Scientific memoirs by medical officers of the Army of India - Part I,
Year: 1884
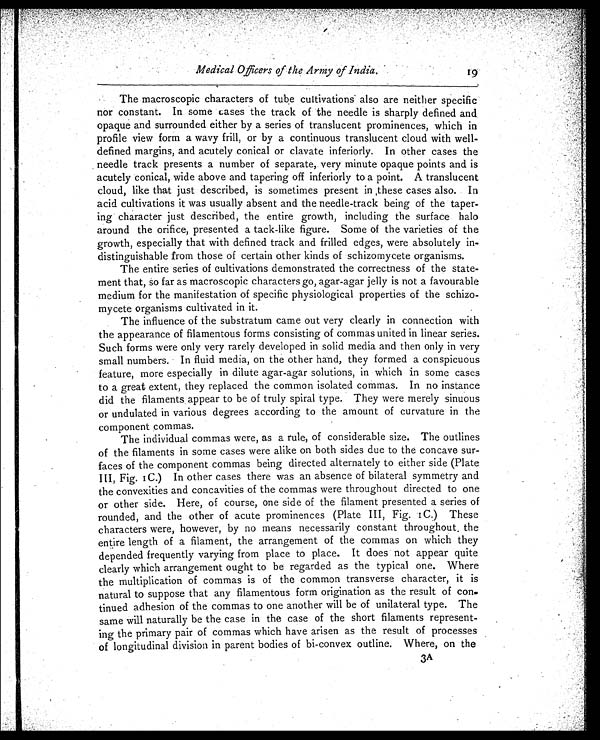
Medical Officers of the Army of India.
19
The macroscopic characters of tube cultivations also are neither specific
nor constant. In some cases the track of the needle is sharply defined and
opaque and surrounded either by a series of translucent prominences, which in
profile view form a wavy frill, or by a continuous translucent cloud with well-
defined margins, and acutely conical or clavate inferiorly. In other cases the
needle track presents a number of separate, very minute opaque points and is
acutely conical, wide above and tapering off inferiorly to a point. A translucent
cloud, like that just described, is sometimes present in these cases also. In
acid cultivations it was usually absent and the needle-track being of the taper
-ing character just described, the entire growth, including the surface halo
around the orifice, presented a tack-like figure. Some of the varieties of the
growth, especially that with defined track and frilled edges, were absolutely in
-distinguishable from those of certain other kinds of schizomycete organisms.
The entire series of cultivations demonstrated the correctness of the state
- m e n t t h a t , s o f a r a s m a c r o s c o p i c c h a r a c t e r s g o , a g a r - a g a r j e l l y i s n o t a f a v o u r a b l e
medium for the manifestation of specific physiological properties of the schizo
-mycete organisms cultivated in it.
The influence of the substratum came out very clearly in connection with
the appearance of filamentous forms consisting of commas united in linear series.
Such forms were only very rarely developed in solid media and then only in very
small numbers. In fluid media, on the other hand, they formed a conspicuous
feature, more especially in dilute agar-agar solutions, in which in some cases
to a great extent, they replaced the common isolated commas. In no instance
did the filaments appear to be of truly spiral type. They were merely sinuous
or undulated in various degrees according to the amount of curvature in the
component commas.
The individual commas were, as a rule, of considerable size. The outlines
of the filaments in some cases were alike on both sides due to the concave sur
-faces of the component commas being directed alternately to either side (Plate
III, Fig. 1C.) In other cases there was an absence of bilateral symmetry and
the convexities and concavities of the commas were throughout directed to one
or other side. Here, of course, one side of the filament presented a series of
rounded, and the other of acute prominences (Plate III, Fig. 1C) These
characters were, however, by no means necessarily constant throughout the
entire length of a filament, the arrangement of the commas on which they
depended frequently varying from place to place. It does not appear quite
clearly which arrangement ought to be regarded as the typical one. Where
the multiplication of commas is of the common transverse character, it is
natural to suppose that any filamentous form origination as the result of con
-tinued adhesion of the commas to one another will be of unilateral type. The
same will naturally be the case in the case of the short filaments represent-
ing the primary pair of commas which have arisen as the result of processes
of longitudinal division in parent bodies of bi-convex outline. Where, on the
3A